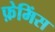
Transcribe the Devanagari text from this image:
फ़ेमिंस